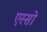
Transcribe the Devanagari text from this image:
एस्सो